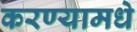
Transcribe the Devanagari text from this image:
करण्यामधे